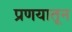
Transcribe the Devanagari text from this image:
प्रणयातून